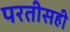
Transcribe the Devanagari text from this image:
परतीसही